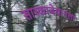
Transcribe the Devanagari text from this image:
सास्काचेवानला